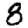
Digit: 8